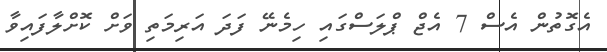
އެގޮތުން އެސް 7 އެޖް ޕްލަސްގައި ހިމެނޭ ފަދަ އަރިމަތި ވަށް ކޮށްލާފައިވާ